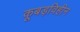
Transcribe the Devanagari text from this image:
कूबड़विहीन